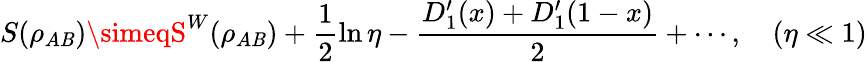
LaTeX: S(\rho_{A\mathit{B}})\simeqS^{W}(\rho_{A\mathit{B}})+\frac{{1}}{{2}}\ln\eta-\frac{{D_{1}^{\prime}(x)+D_{1}^{\prime}(1-x)}}{{2}}+\cdots,\quad(\eta\ll1)